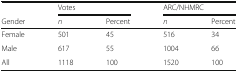
<table><thead><tr><td></td><td colspan="2"><b>Votes</b></td><td colspan="2"><b>ARC/NHMRC</b></td></tr><tr><td><b>Gender</b></td><td><b><i>n</i></b></td><td><b>Percent</b></td><td><b><i>n</i></b></td><td><b>Percent</b></td></tr></thead><tbody><tr><td>Female</td><td>501</td><td>45</td><td>516</td><td>34</td></tr><tr><td>Male</td><td>617</td><td>55</td><td>1004</td><td>66</td></tr><tr><td>All</td><td>1118</td><td>100</td><td>1520</td><td>100</td></tr></tbody></table>